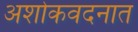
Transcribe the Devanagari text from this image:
अशोकवदनात